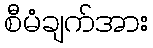
စီမံချက်အား